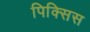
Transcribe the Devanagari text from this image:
पिक्सिस